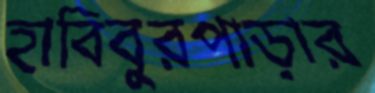
হাবিবুরপাড়ার